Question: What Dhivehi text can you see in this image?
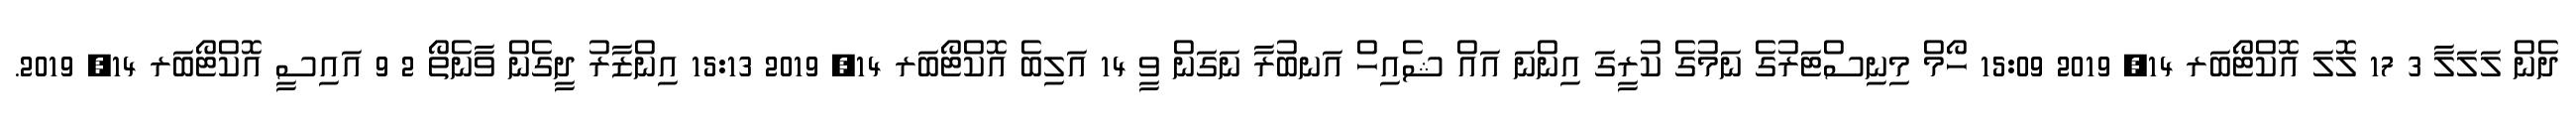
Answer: ދެން ލަލަލާ 3 17 ލޮލަ އޮކްޓޯބަރ 14, 2019 15:09 ހޯމް މިނިސްޓަރުގެ ނަމުގެ ކުރީގަ އިންނަ އައް ޝެއިހް އަނބުރާ ނަގަން ވީ 14 އަލިބެ އޮކްޓޯބަރ 14, 2019 15:13 އިންޒާރު ދީގެން ވާނެތޯ 2 9 އައިސީ އޮކްޓޯބަރ 14, 2019.